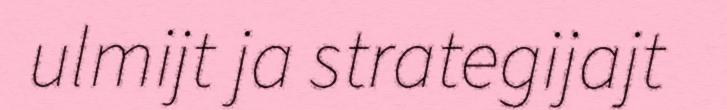
ulmijt ja strategijajt